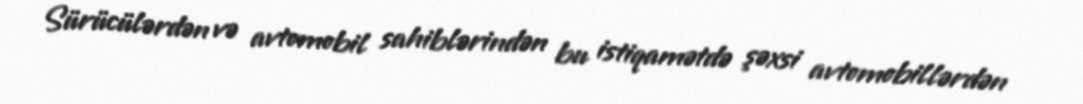
Sürücülərdən və avtomobil sahiblərindən bu istiqamətdə şəxsi avtomobillərdən